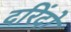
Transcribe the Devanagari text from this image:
दरिंदो